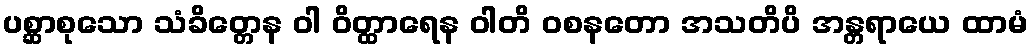
ပစ္ဆာစုသော သံခိတ္တေန ဝါ ဝိတ္ထာရေန ဝါတိ ဝစနတော အသတိပိ အန္တရာယေ ထာမံ